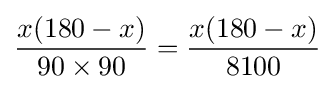
{\frac {x(180-x)}{90\times 90}}={\frac {x(180-x)}{8100}}